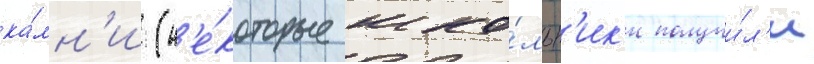
ка́мн'и (н'е́которые шко́льн'ик'и получи́л'и